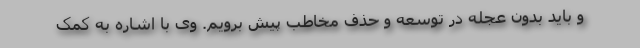
و باید بدون عجله در توسعه و حذف مخاطب پیش برویم. وی با اشاره به کمک